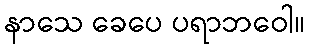
နာသေ ခေပေ ပရာဘဝေါ။